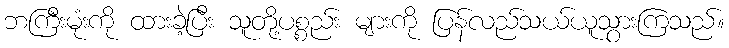
ဘကြီးမုံးကို ထားခဲ့ပြီး သူတို့ပစ္စည်း များကို ပြန်လည်သယ်ယူသွားကြသည်။